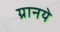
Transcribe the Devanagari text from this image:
ग्रानये